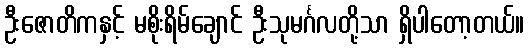
ဦးဇောတိကနှင့် မစိုးရိမ်ချောင် ဦးသုမင်္ဂလတို့သာ ရှိပါတော့တယ်။